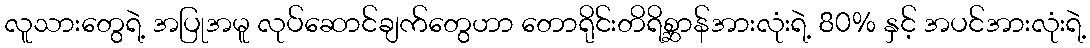
လူသားတွေရဲ့ အပြုအမူ လုပ်ဆောင်ချက်တွေဟာ တောရိုင်းတိရိစ္ဆာန်အားလုံးရဲ့ 80% နှင့် အပင်အားလုံးရဲ့